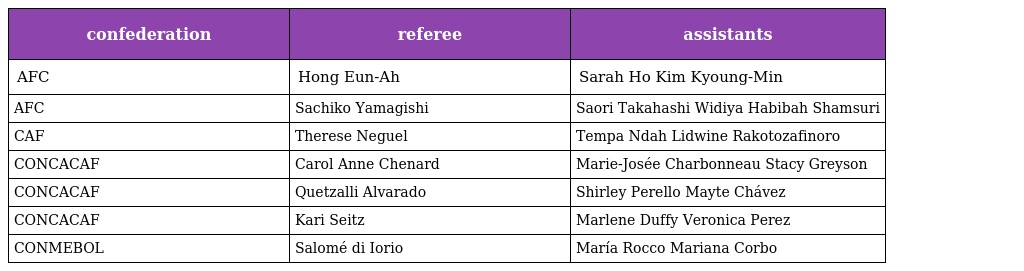
| confederation | referee | assistants |
 | --- | --- | --- |
 | AFC | Hong Eun-Ah | Sarah Ho Kim Kyoung-Min |
 | AFC | Sachiko Yamagishi | Saori Takahashi Widiya Habibah Shamsuri |
 | CAF | Therese Neguel | Tempa Ndah Lidwine Rakotozafinoro |
 | CONCACAF | Carol Anne Chenard | Marie-Josée Charbonneau Stacy Greyson |
 | CONCACAF | Quetzalli Alvarado | Shirley Perello Mayte Chávez |
 | CONCACAF | Kari Seitz | Marlene Duffy Veronica Perez |
 | CONMEBOL | Salomé di Iorio | María Rocco Mariana Corbo |